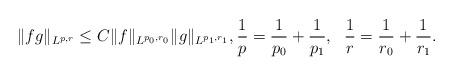
LaTeX: \begin{align*}\|fg\|_{L^{p,r}}\leq C \|f\|_{L^{p_0,r_0}} \|g\|_{L^{p_1,r_1}}, \frac1p=\frac{1}{p_0}+\frac{1}{p_1}, ~~\frac1r=\frac{1}{r_0}+\frac{1}{r_1}.\end{align*}